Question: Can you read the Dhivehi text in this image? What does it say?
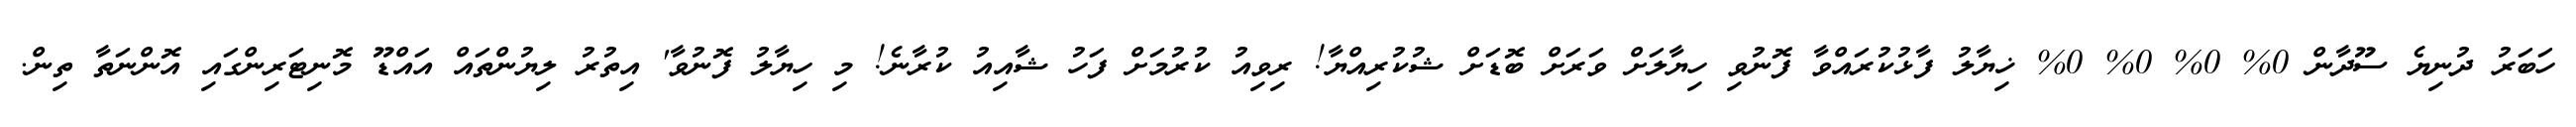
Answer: ހަބަރު ދުނިޔެ ސޫދާން 0% 0% 0% 0% ޚިޔާލު ފާޅުކުރައްވާ ފޮނުވި ހިޔާލަށް ވަރަށް ބޮޑަށް ޝުކުރިއްޔާ! ރިވިއު ކުރުމަށް ފަހު ޝާއިއު ކުރާނެ! މި ހިޔާލު ފޮނުވާ' އިތުރު ލިޔުންތައް އައްޑޫ މޮނިޓަރިންގައި އޮންނަތާ ތިން.